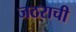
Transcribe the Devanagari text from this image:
जठराची